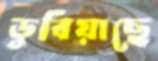
ডুবিয়াছে